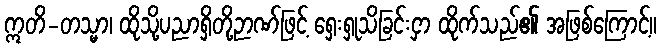
ဣတိ-တသ္မာ၊ ထိုသို့ပညာရှိတို့ဉာဏ်ဖြင့် ရှေးရှုသိခြင်းငှာ ထိုက်သည်၏ အဖြစ်ကြောင့်။